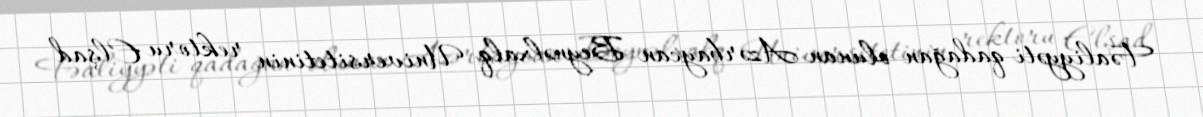
Fəaliyyəti qadağan olunan Azərbaycan Beynəlxalq Universitetinin rektoru Elşad